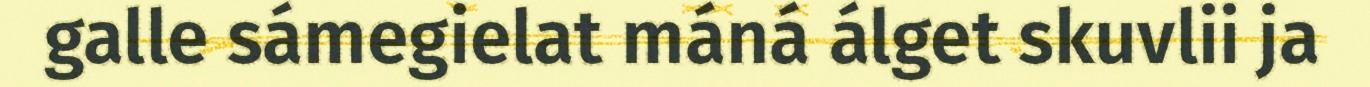
galle sámegielat máná álget skuvlii ja